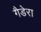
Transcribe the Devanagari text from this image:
गैडेरा